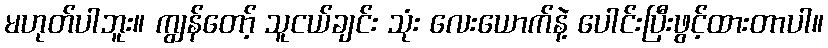
မဟုတ်ပါဘူး။ ကျွန်တော့် သူငယ်ချင်း သုံး လေးယောက်နဲ့ ပေါင်းပြီးဖွင့်ထားတာပါ။